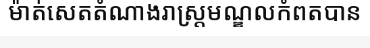
ម៉ាត់សេតតំណាងរាស្ត្រមណ្ឌលកំពតបាន